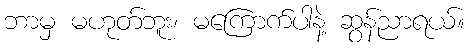
ဘာမှ မဟုတ်ဘူး၊ မကြောက်ပါနဲ့ ဆွန်ညာရယ်။